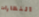
النظارات